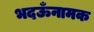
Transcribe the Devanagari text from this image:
भदऊँनामक